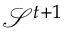
\mathcal { S } ^ { t + 1 }